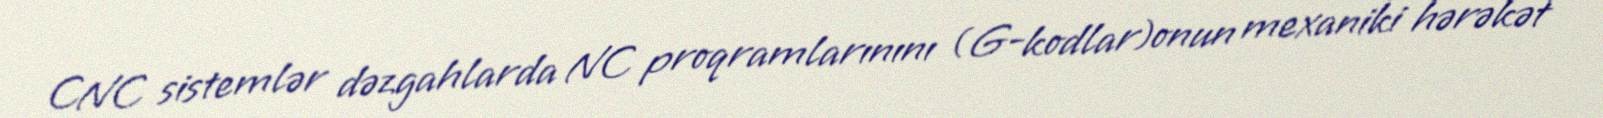
CNC sistemlər dəzgahlarda NC proqramlarınını (G-kodlar)onun mexaniki hərəkət